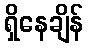
ရှိနေချိန်